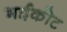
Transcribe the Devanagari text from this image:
भईकोट